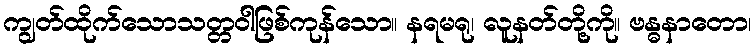
ကျွတ်ထိုက်သောသတ္တဝါဖြစ်ကုန်သော။ နရမရု၊ လူနတ်တို့ကို။ ဗန္ဓနာတော၊